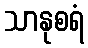
သာနုစရံ